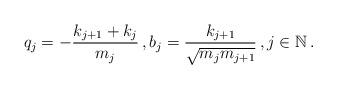
LaTeX: \begin{align*}q_j = -\frac{k_{j+1}+k_j}{m_j}\,, b_j=\frac{k_{j+1}}{\sqrt{m_j m_{j+1}}}\,,j\in\mathbb{N}\,.\end{align*}